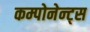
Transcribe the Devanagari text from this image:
कम्पोनेन्ट्स